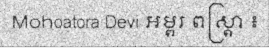
Mohoatora Devi អម្ពរ ពស្ត្រា ៖